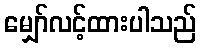
မျှော်လင့်ထားပါသည်